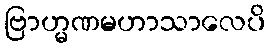
ဗြာဟ္မဏမဟာသာလေပိ